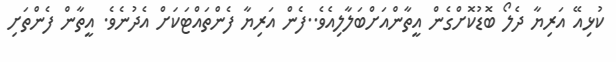
ކުޅިއޭ އަރިޔާ ދެލޯ ބޮޑުކޮށްގެން އީތާންއަށްބަލާލިއެވެ..ފެން އަރިޔާ ފެންތައްޓަކަށް އެދުނެވެ. އީތާން ފެންތަށި